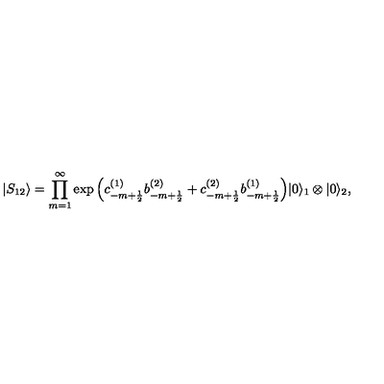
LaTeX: | S _ { 1 2 } \rangle = \prod _ { m = 1 } ^ { \infty } \exp { \left( c _ { - m + \frac { 1 } { 2 } } ^ { ( 1 ) } b _ { - m + \frac { 1 } { 2 } } ^ { ( 2 ) } + c _ { - m + \frac { 1 } { 2 } } ^ { ( 2 ) } b _ { - m + \frac { 1 } { 2 } } ^ { ( 1 ) } \right) } | 0 \rangle _ { 1 } \otimes | 0 \rangle _ { 2 } ,